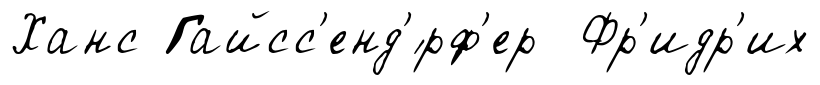
Ханс Гайсс'енд'́рф'ер Фр'идр'их